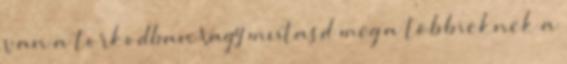
van a torkodban Vagy mutasd meg a többieknek a